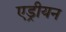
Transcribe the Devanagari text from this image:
एड्रीयन